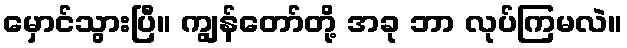
မှောင်သွားပြီ။ ကျွန်တော်တို့ အခု ဘာ လုပ်ကြမလဲ။